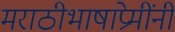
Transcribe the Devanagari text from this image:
मराठीभाषाप्रेमींनी